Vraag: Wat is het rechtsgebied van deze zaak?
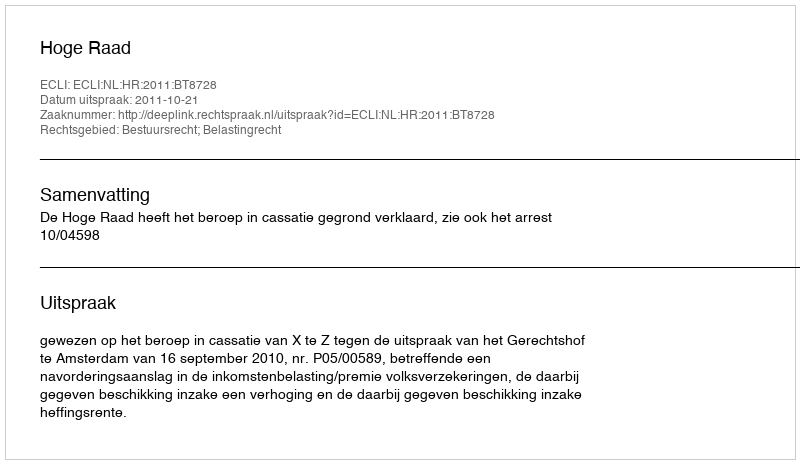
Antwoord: Bestuursrecht; Belastingrecht